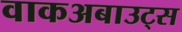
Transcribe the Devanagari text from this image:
वाकअबाउट्स